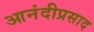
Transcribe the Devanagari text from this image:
आनंदीप्रसाद